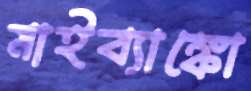
মাইব্যাঙ্কো